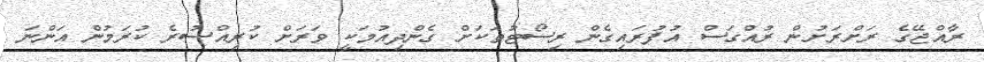
ރާއްޖޭގެ ރަށްރަށުން ރުއްގަސް އުފުރައިގެން ރިސޯޓުތަކަށް ގެންދިއުމަކީ ވަރަށް ކުރިއްސުރެ ކުރަމުން އަންނަ